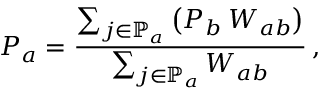
P _ { a } = \frac { \sum _ { j \in \mathbb { P } _ { a } } \left( P _ { b } \: W _ { a b } \right) } { \sum _ { j \in \mathbb { P } _ { a } } W _ { a b } } \, ,